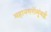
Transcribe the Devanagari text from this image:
महानगरोंमुंबई